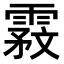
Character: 𬰇